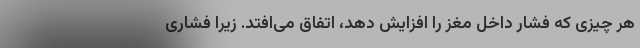
هر چیزی که فشار داخل مغز را افزایش دهد، اتفاق می‌افتد. زیرا فشاری